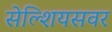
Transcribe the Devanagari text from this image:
सेल्शियसवर